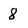
Character: 8